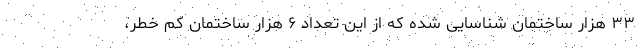
۳۳ هزار ساختمان شناسایی شده که از این تعداد ۶ هزار ساختمان کم خطر،